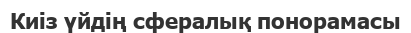
Киіз үйдің сфералық понорамасы